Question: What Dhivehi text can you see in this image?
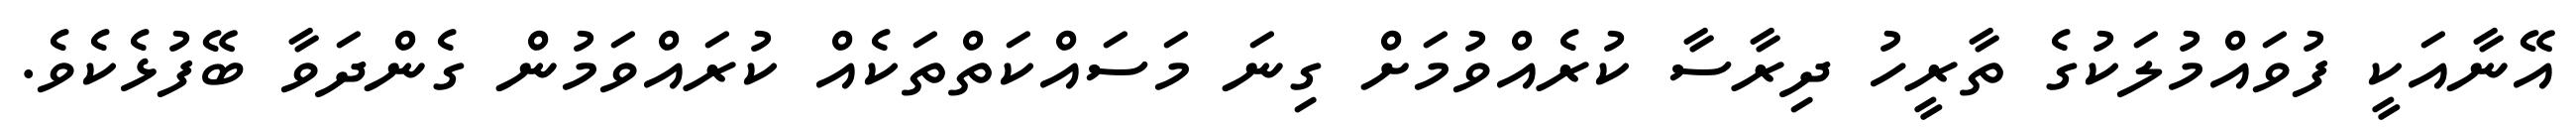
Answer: އޭނާއަކީ ފުވައްމުލަކުގެ ތާރީހު ދިރާސާ ކުރެއްވުމަށް ގިނަ މަސައްކަތްތަކެއް ކުރައްވަމުން ގެންދަވާ ބޭފުޅެކެވެ.